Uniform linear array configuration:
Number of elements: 8
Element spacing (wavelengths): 1
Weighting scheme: hamming
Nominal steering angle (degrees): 60
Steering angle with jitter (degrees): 61.972
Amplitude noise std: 0.05
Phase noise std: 0.05

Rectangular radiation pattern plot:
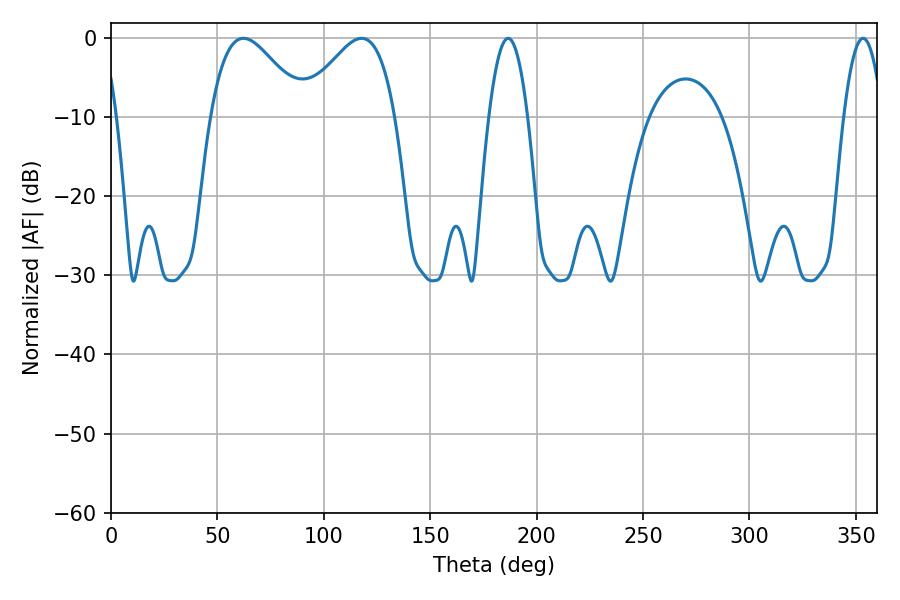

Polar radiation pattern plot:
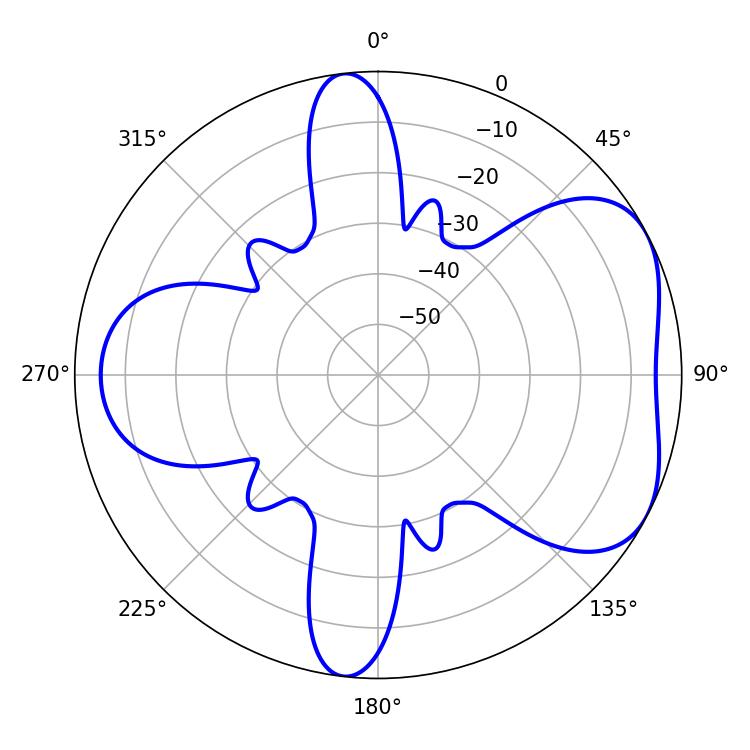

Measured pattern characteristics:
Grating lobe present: TRUE
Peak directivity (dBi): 5.077
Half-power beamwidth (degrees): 23.76
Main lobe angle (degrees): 62.28